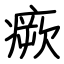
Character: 瘚